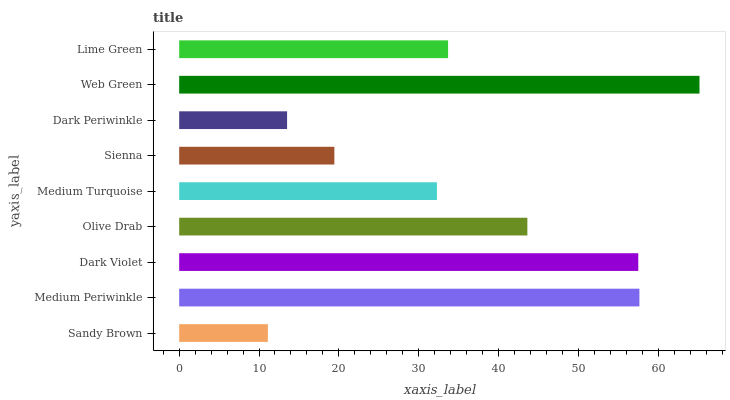
| yaxis_label | bars |
 | --- | --- |
 | Sandy Brown | 11.1 |
 | Medium Periwinkle | 57.6 |
 | Dark Violet | 57.5 |
 | Olive Drab | 43.6 |
 | Medium Turquoise | 32.3 |
 | Sienna | 19.4 |
 | Dark Periwinkle | 13.5 |
 | Web Green | 65.2 |
 | Lime Green | 33.7 |